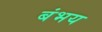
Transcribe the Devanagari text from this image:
बंभय